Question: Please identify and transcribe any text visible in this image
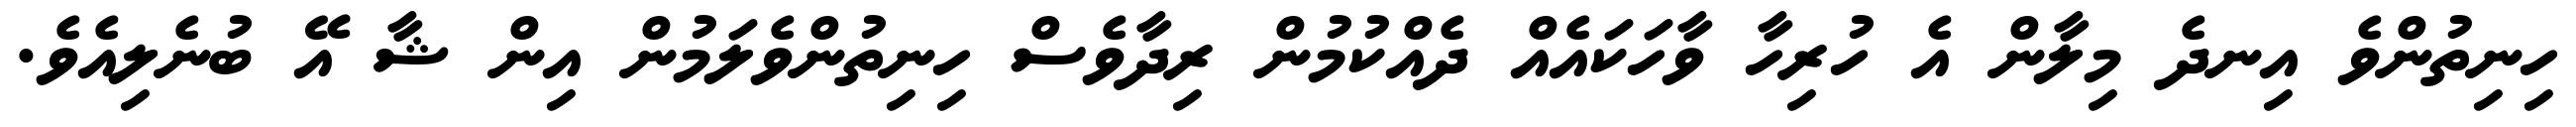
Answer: ހިނިތުންވެ އިނދެ މިލާން އެ ހުރިހާ ވާހަކައެއް ދެއްކުމުން ރިދާވެސް ހިނިތުންވެލަމުން އިން ޝާ އޭ ބުނެލިއެވެ.